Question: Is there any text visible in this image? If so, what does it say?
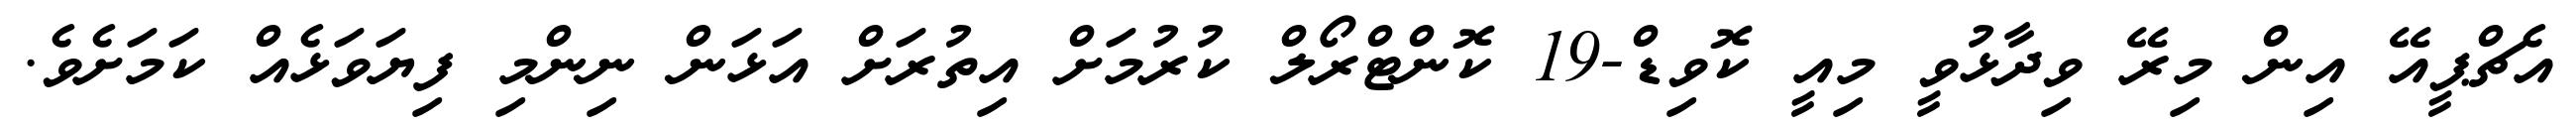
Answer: އެޗްޕީއޭ އިން މިރޭ ވިދާޅުވީ މިއީ ކޮވިޑް-19 ކޮންޓްރޯލް ކުރުމަށް އިތުރަށް އަޅަން ނިންމި ފިޔަވަޅެއް ކަމަށެވެ.